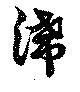
滞